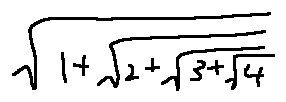
\sqrt { 1 + \sqrt { 2 + \sqrt { 3 + \sqrt { 4 } } } }